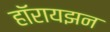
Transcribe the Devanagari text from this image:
हॉरायझन